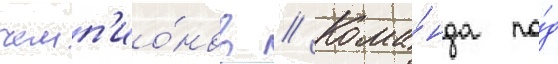
чемп'ио́нов // Кома́нда по́д